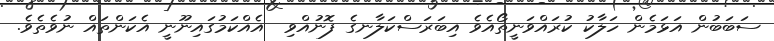
ސަބަބުން އަޅަމެން ހަލާކު ކުރައްވަނީތޯއެވެ އިބަރަސްކަލާނގެ ފޮނުއްވި  އެއްކަމުގައިނޫނީ އެކަންތައް ނުވެތެވެ.